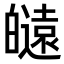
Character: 𤾮